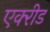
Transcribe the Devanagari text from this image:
एक्‍रीड